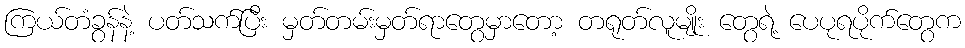
ကြယ်တံခွန်နဲ့ ပတ်သက်ပြီး မှတ်တမ်းမှတ်ရာတွေမှာတော့ တရုတ်လူမျိုး တွေရဲ့ ပေပုရပိုက်တွေက